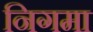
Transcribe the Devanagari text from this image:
निगमा